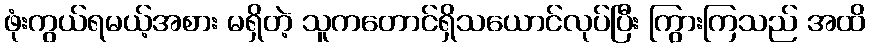
ဖုံးကွယ်ရမယ့်အစား မရှိတဲ့ သူကတောင်ရှိသယောင်လုပ်ပြီး ကြွားကြသည် အထိ